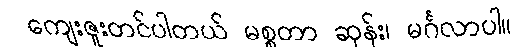
ကျေးဇူးတင်ပါတယ် မစ္စတာ ဆုန်း၊ မင်္ဂလာပါ။